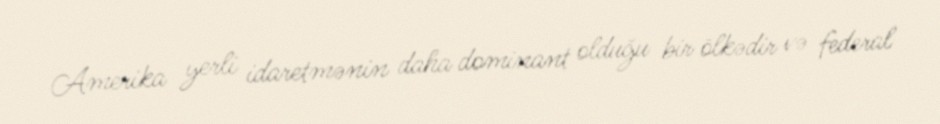
Amerika yerli idaretmənin daha dominant olduğu bir ölkədir və federal